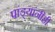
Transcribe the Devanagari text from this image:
पांड्यांनीही